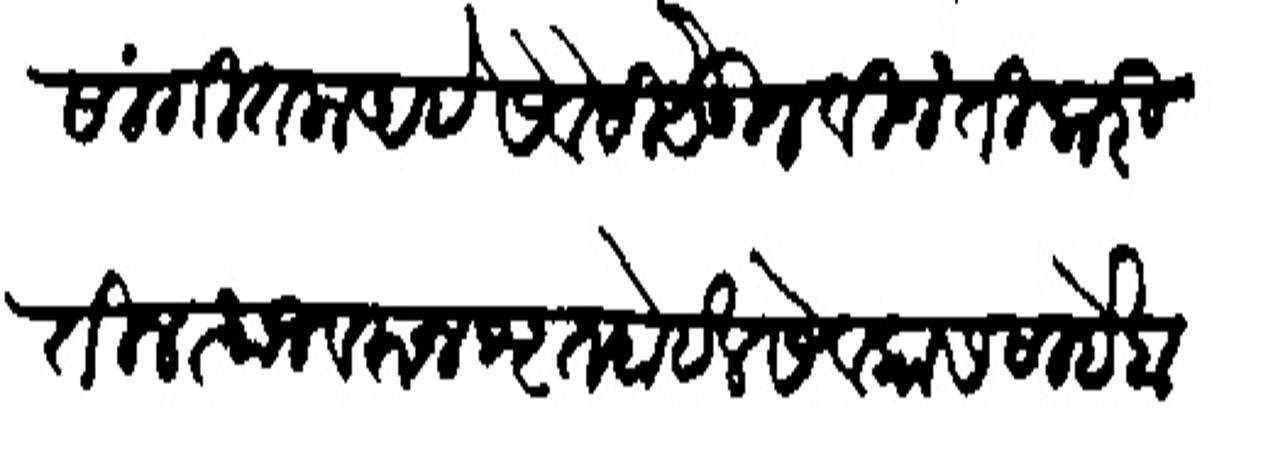
Transliteration (Devanagari): सांगितला आहे सेबेसी पेऊन विनंती करितील त्याजवरन श्रृत होईल सेवकास साहेबा